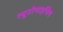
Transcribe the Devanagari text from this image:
ल्यूटीनाइजिंग